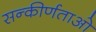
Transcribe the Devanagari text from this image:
सन्कीर्णताओ